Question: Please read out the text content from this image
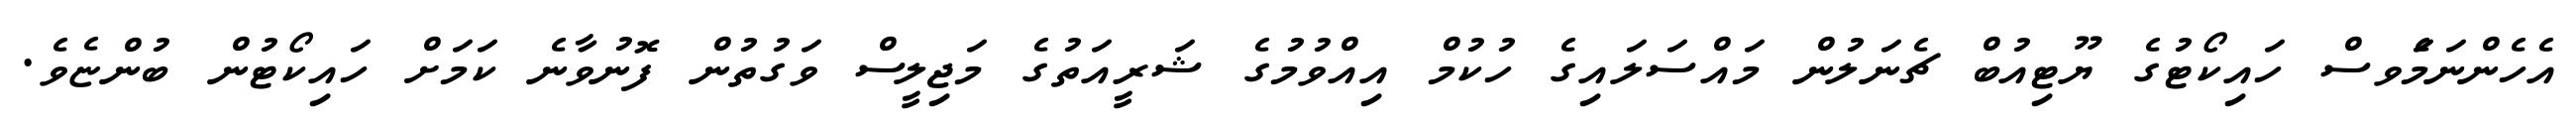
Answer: އެހެންނަމަެވސް ހައިކޯޓުގެ ޔޫޓިއުބް ޗެނަލުން މައްސަލައިގެ ހުކުމް އިއްވުމުގެ ޝަރީއަތުގެ މަޖިލީސް ވަގުތުން ފޮނުވާނެ ކަމަށް ހައިކޯޓުން ބުންޏެވެ.